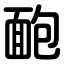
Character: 靤